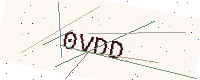
Text: 0VDD